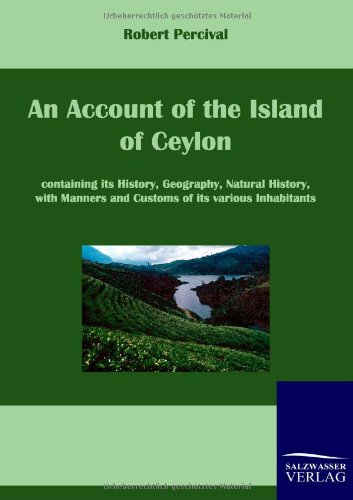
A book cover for An Account of the Island of Ceylon; Robert Percival; Travel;